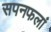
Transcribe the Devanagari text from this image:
सपनफलां